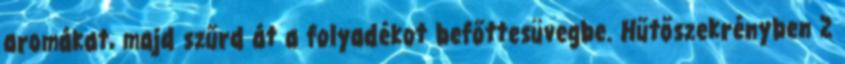
aromákat, majd szűrd át a folyadékot befőttesüvegbe. Hűtőszekrényben 2